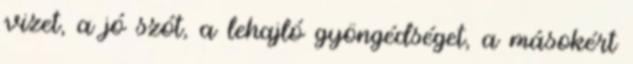
vizet, a jó szót, a lehajló gyöngédséget, a másokért